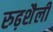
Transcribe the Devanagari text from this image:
रुढ़शैली